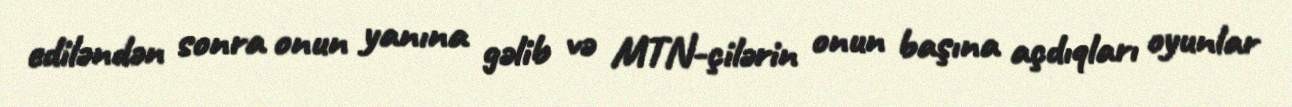
ediləndən sonra onun yanına gəlib və MTN-çilərin onun başına açdıqları oyunlar